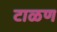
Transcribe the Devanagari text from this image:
टाळण